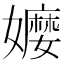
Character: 𡣥